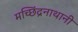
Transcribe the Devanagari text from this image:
मच्छिंद्रनाथानी